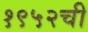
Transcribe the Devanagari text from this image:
१९५२ची